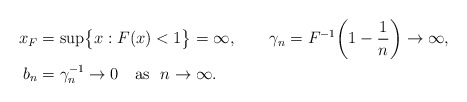
\begin{align*}x_{F} &= \sup\bigl\{ x: F(x) <1\bigr\} = \infty, \qquad\gamma_n = F^{-1}\biggl(1-\frac{1}{n}\biggr)\to\infty, \\b_n &= \gamma_n^{-1}\to 0 \quad\mbox{as }\ n\to\infty.\end{align*}